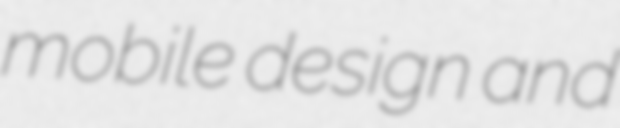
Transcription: mobile design and